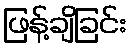
ဖြန့်ချိခြင်း